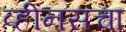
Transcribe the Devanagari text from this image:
व्हीनसचा